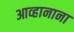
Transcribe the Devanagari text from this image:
आव्हानाना